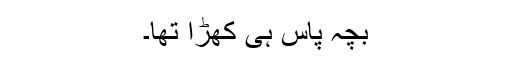
بچہ پاس ہی کھڑا تھا۔